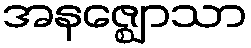
အနဇ္ဈောသာ